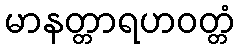
မာနတ္တာရဟဝတ္တံ